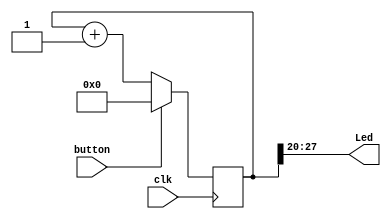
`timescale 1ns / 1ps

//////////////////////////////////////////////////////////////////////////////////
// Company: Gecemmo Solutions AB
// 
// Design Name: 
// Module Name:    main 
// Project Name: 
// Target Devices: 
// Tool versions: 
// Description: 
//
// Dependencies: 
//
// Revision: 
// Revision 0.01 - File Created
// Additional Comments: 
//
//////////////////////////////////////////////////////////////////////////////////

module main(Led, button, clk);
	input wire clk;
	reg [27:0] count = 0;
	output wire [7:0] Led;
	input button;
	
	always @(posedge clk)
	begin
		if (button)
			count = 0;
		else
			count = count + 1;
	end
	
	assign Led = count[27:20];
	
endmodule